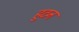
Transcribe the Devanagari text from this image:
हुटन